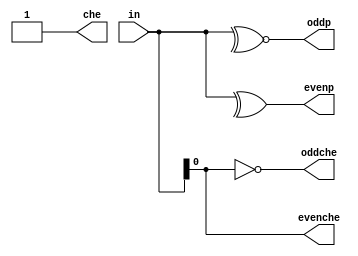
module Paritygen(in,oddp,evenp,che,oddche,evenche);

input [15:0] in;
output oddp,evenp;
output reg che = 1;
output oddche,evenche;

assign                  //Parity Generator
        evenp = ^in,
        oddp = ~^in;

assign                  //Parity Checker
        oddche = in^che,
        evenche = ~(in^che);
endmodule